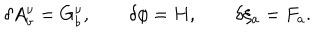
\delta A _ { b } ^ { \nu } = G _ { b } ^ { \nu } , \qquad \delta \phi = H , \qquad \delta \xi _ { a } = F _ { a } .